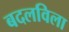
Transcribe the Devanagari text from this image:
बदलविला